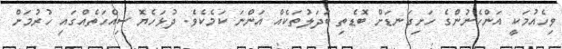
ވިހެއުމަކީ އަންހެނުންގެ ހަށިގަނޑަށް ބޮޑެތި ބަދަލުތަކެއް އަންނަ ކަމެކެވެ. ދުޅަހެޔޮ ސިއްހަތެއްގައި ހުރުމަށް